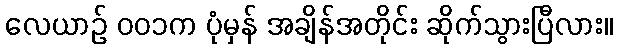
လေယာဉ် ၀၀၁က ပုံမှန် အချိန်အတိုင်း ဆိုက်သွားပြီလား။